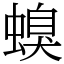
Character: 螑